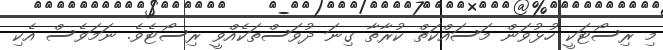
މި ރިސޯޓަކީ ހުޅުވަން މަސައްކަތް ކުރާތާ ގިނަ ދުވަސްތަކެއްވީ ރިސޯޓެވެ. ނަމަވެސް އެކި